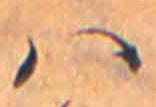
ハ